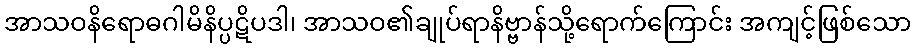
အာသဝနိရောဓဂါမိနိပ္ပဋိပဒါ၊ အာသဝ၏ချုပ်ရာနိဗ္ဗာန်သို့ရောက်ကြောင်း အကျင့်ဖြစ်သော